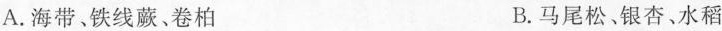
A.海带、铁线蕨、卷柏 B.马尾松、银杏、水稻